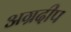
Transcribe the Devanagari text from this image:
अग्रदीप